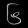
Digit: ၆